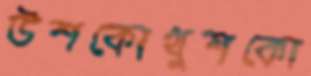
উশকোখুশকো